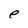
Character: e